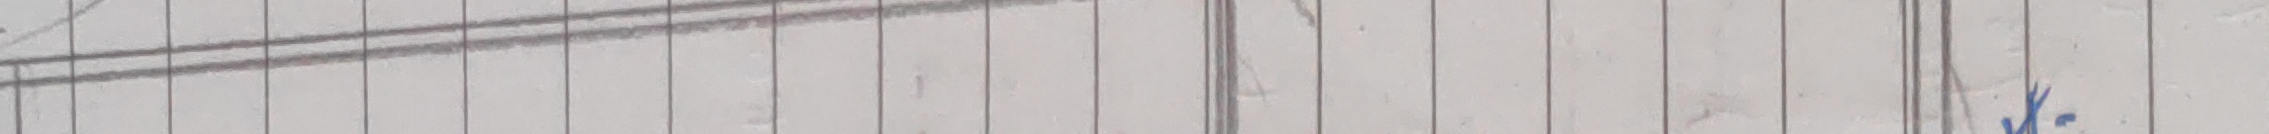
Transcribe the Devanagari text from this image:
क४